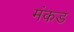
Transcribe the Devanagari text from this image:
मंकड